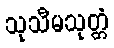
သုသီမသုတ္တံ